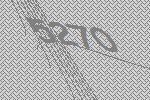
5270